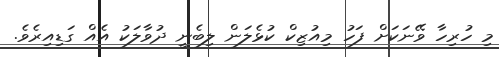
މި ހުރިހާ ވޭނަކަށް ފަހު މިއުޒިކް ކުޅެލަން ލިބެނީ ދުވާލަކު އެއް ގަޑިއިރެވެ.